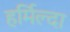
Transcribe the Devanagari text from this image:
हर्मिल्दा